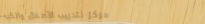
مركز لتدريب الأطفال والكب